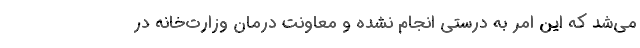
می‌‌شد که این امر به درستی انجام نشده و معاونت درمان وزارت‌خانه در